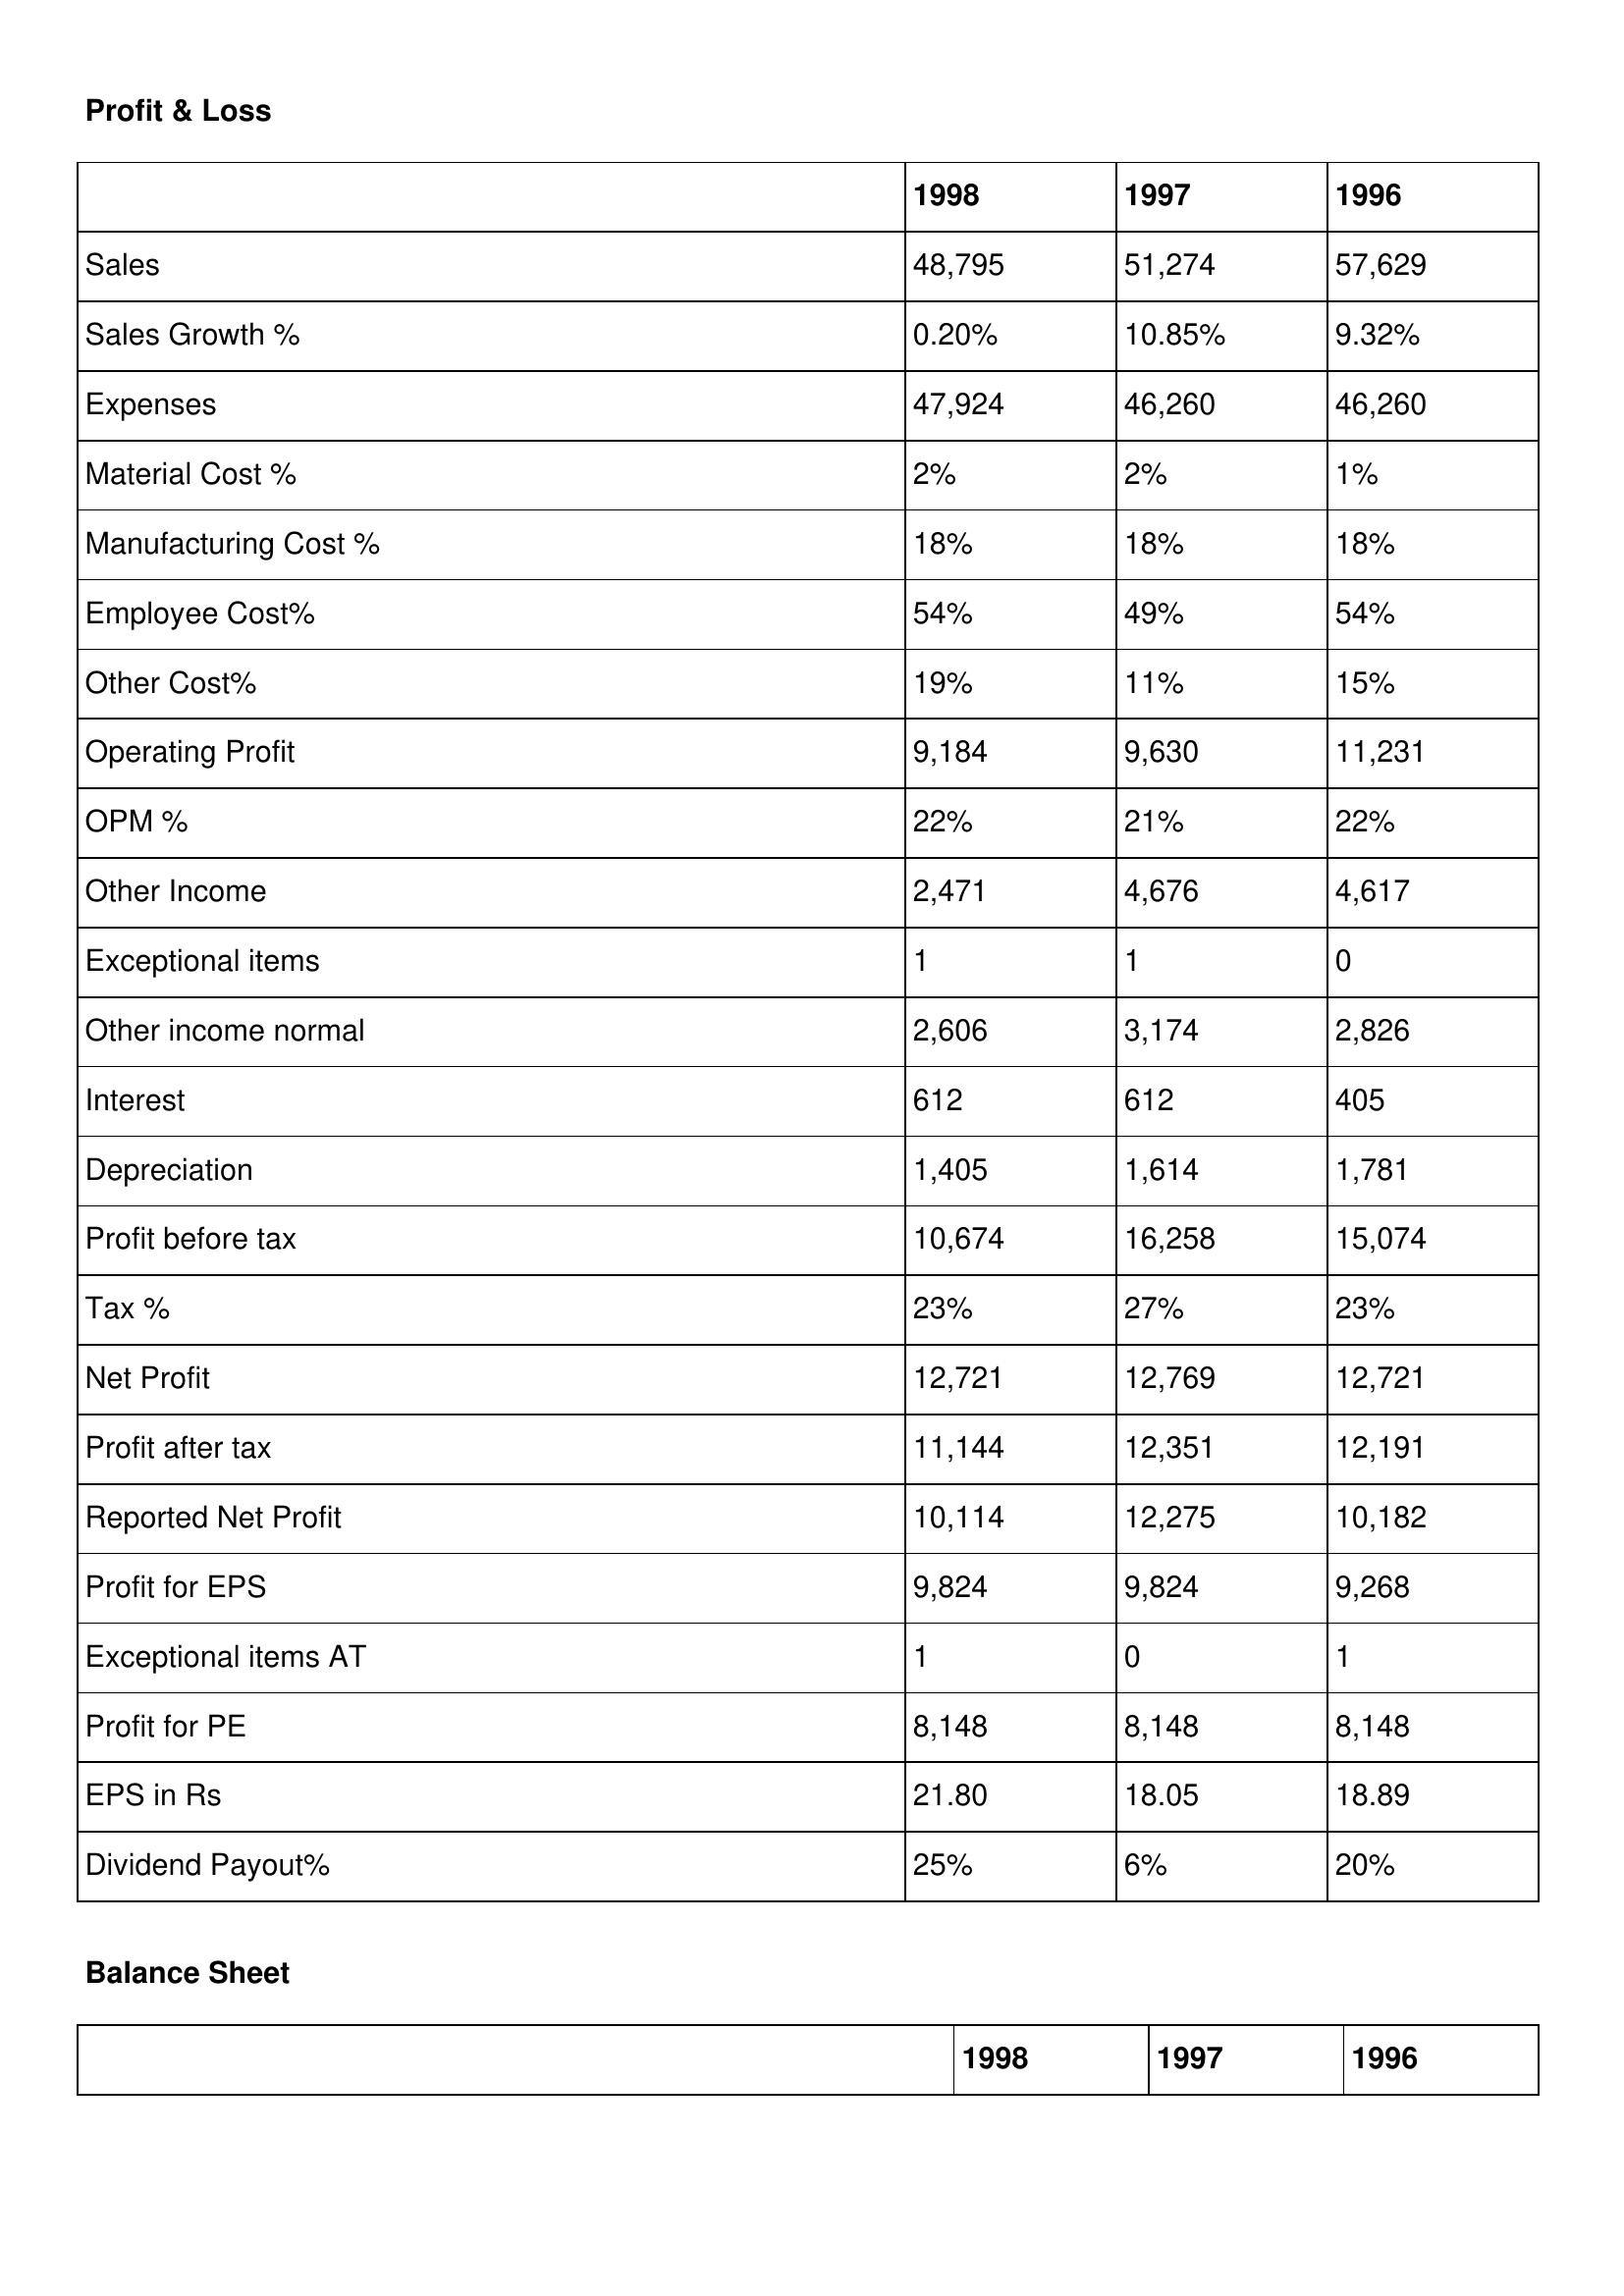
gt_parse: 1998: Profit & Loss: Sales: 48,795
Sales Growth %: 0.20%
Expenses: 47,924
Material Cost %: 2%
Manufacturing Cost %: 18%
Employee Cost%: 54%
Other Cost%: 19%
Operating Profit: 9,184
OPM %: 22%
Other Income: 2,471
Exceptional items: 1
Other income normal: 2,606
Interest: 612
Depreciation: 1,405
Profit before tax: 10,674
Tax %: 23%
Net Profit: 12,721
Profit after tax: 11,144
Reported Net Profit: 10,114
Profit for EPS: 9,824
Exceptional items AT: 1
Profit for PE: 8,148
EPS in Rs: 21.80
Dividend Payout%: 25%
1997: Profit & Loss: Sales: 51,274
Sales Growth %: 10.85%
Expenses: 46,260
Material Cost %: 2%
Manufacturing Cost %: 18%
Employee Cost%: 49%
Other Cost%: 11%
Operating Profit: 9,630
OPM %: 21%
Other Income: 4,676
Exceptional items: 1
Other income normal: 3,174
Interest: 612
Depreciation: 1,614
Profit before tax: 16,258
Tax %: 27%
Net Profit: 12,769
Profit after tax: 12,351
Reported Net Profit: 12,275
Profit for EPS: 9,824
Exceptional items AT: 0
Profit for PE: 8,148
EPS in Rs: 18.05
Dividend Payout%: 6%
1996: Profit & Loss: Sales: 57,629
Sales Growth %: 9.32%
Expenses: 46,260
Material Cost %: 1%
Manufacturing Cost %: 18%
Employee Cost%: 54%
Other Cost%: 15%
Operating Profit: 11,231
OPM %: 22%
Other Income: 4,617
Exceptional items: 0
Other income normal: 2,826
Interest: 405
Depreciation: 1,781
Profit before tax: 15,074
Tax %: 23%
Net Profit: 12,721
Profit after tax: 12,191
Reported Net Profit: 10,182
Profit for EPS: 9,268
Exceptional items AT: 1
Profit for PE: 8,148
EPS in Rs: 18.89
Dividend Payout%: 20%